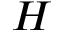
H